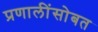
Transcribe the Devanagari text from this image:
प्रणालींसोबत